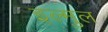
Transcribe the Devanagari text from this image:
इल्मुल